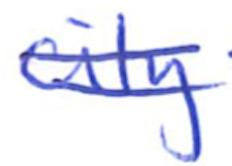
Text: city
Cross-out: double-line
Writing tool: ballpoint